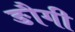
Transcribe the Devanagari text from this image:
ङौगी